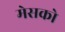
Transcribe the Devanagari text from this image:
मेसको